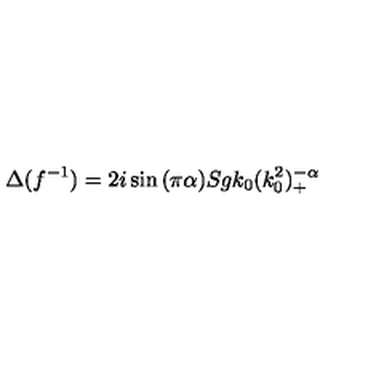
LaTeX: \Delta ( f ^ { - 1 } ) = 2 i \sin { ( \pi \alpha ) } S g k _ { 0 } ( k _ { 0 } ^ { 2 } ) _ { + } ^ { - \alpha }